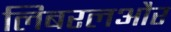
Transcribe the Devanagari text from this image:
लिबरलऔर